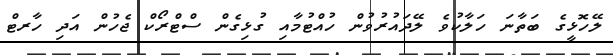
ލޭހޮޅީގެ ބަތާނަ ހަލާކުވެ ލޭދައުރުވުން ހުއްޓުމާއި ގުޅިގެން ސްޓްރޯކް ޖެހުން އަދި ހާރޓް